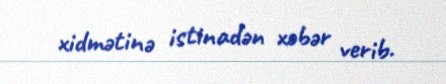
xidmətinə istinadən xəbər verib.